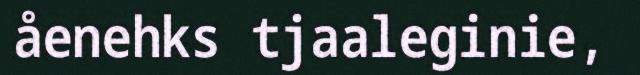
åenehks tjaaleginie,